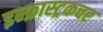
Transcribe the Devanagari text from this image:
इन्फ्रास्ट्रकचर